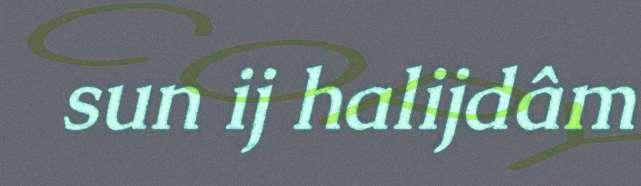
sun ij halijdâm